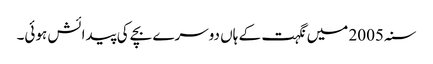
سنہ 2005 میں نگہت کے ہاں دوسرے بچے کی پیدائش ہوئی۔